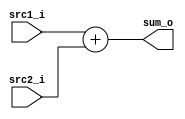
// id: 109550022

`timescale 1ns/1ps
module Adder(
    src1_i,
	src2_i,
	sum_o
	);
     
//I/O ports
input  [32-1:0]  src1_i;
input  [32-1:0]	 src2_i;
output [32-1:0]	 sum_o;

//Internal Signals
reg    [32-1:0]	 sum_o;

//Parameter
    
//Main function
always @(src1_i or src2_i) begin
	sum_o <= src1_i + src2_i;
end
endmodule